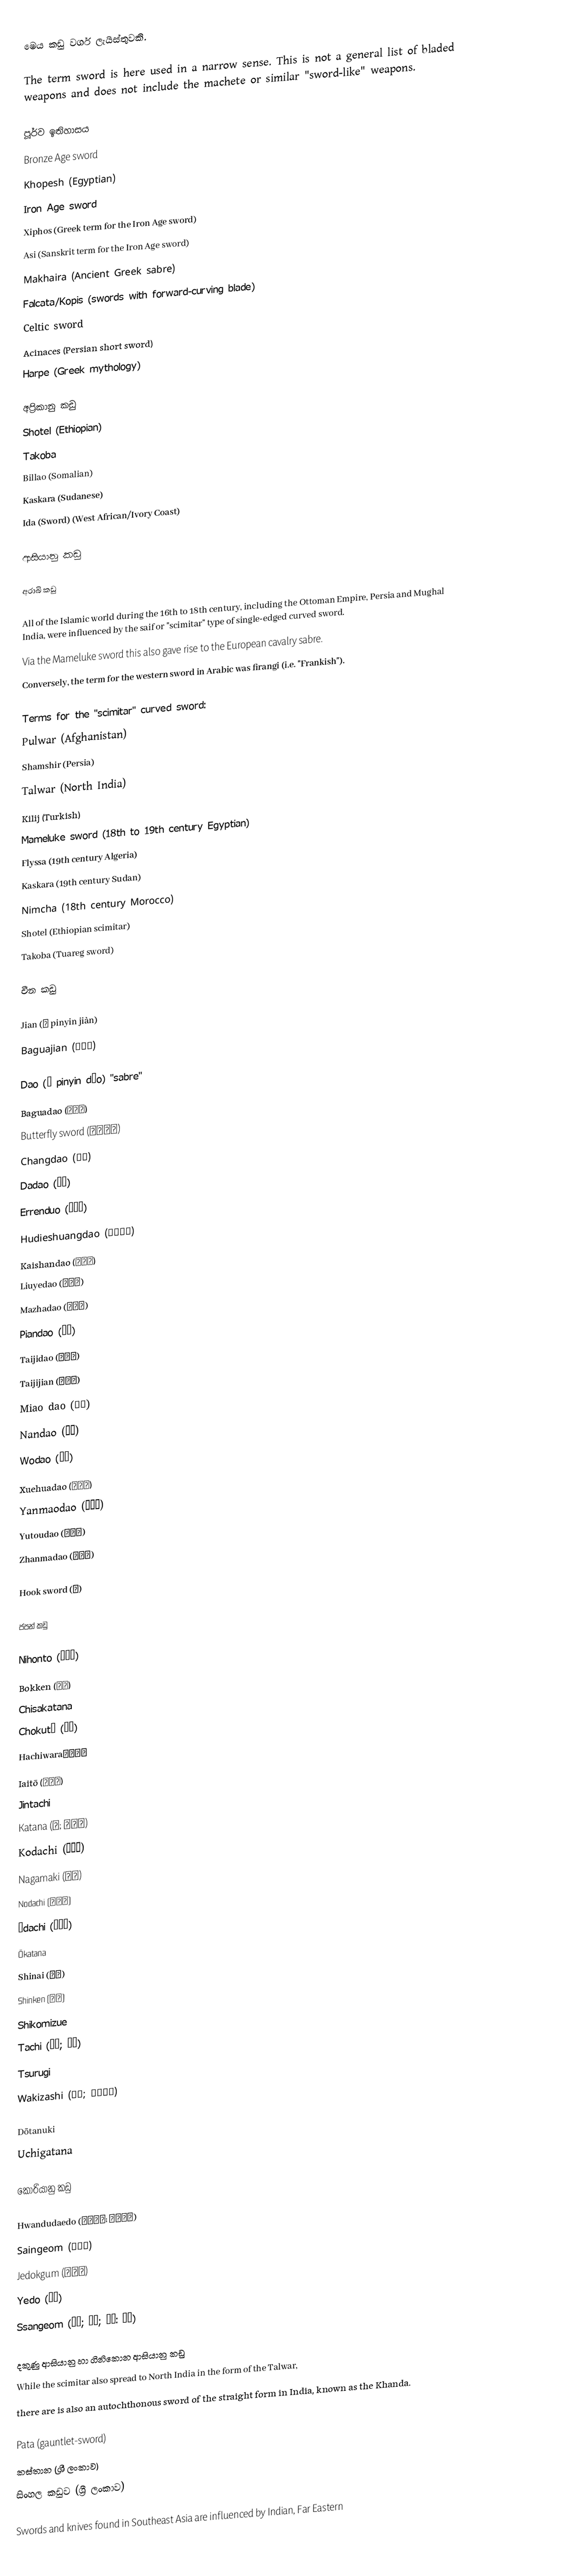
මෙය කඩු වර්ග ලැයිස්තුවකි.

The term sword is here used in a narrow sense. This is not a general list of bladed weapons and does not include the machete or similar "sword-like" weapons.

පූර්ව ඉතිහාසය
Bronze Age sword
Khopesh (Egyptian)
Iron Age sword
Xiphos (Greek term for the Iron Age sword)
Asi (Sanskrit term for the Iron Age sword)
Makhaira (Ancient Greek sabre)
Falcata/Kopis (swords with forward-curving blade)
Celtic sword
Acinaces (Persian short sword)
Harpe (Greek mythology)

අප්‍රිකානු කඩු
Shotel (Ethiopian)
Takoba
Billao (Somalian)
Kaskara (Sudanese)
Ida (Sword) (West African/Ivory Coast)

ආසියානු කඩු

අරාබි කඩු

All of the Islamic world during the 16th to 18th century, including the Ottoman Empire, Persia and Mughal India, were influenced by the saif or "scimitar" type of single-edged curved sword.
Via the Mameluke sword  this also gave rise to the European cavalry sabre.
Conversely, the term for the western sword in Arabic was firangi (i.e. "Frankish").

Terms for the "scimitar" curved sword:
Pulwar (Afghanistan)
Shamshir (Persia)
Talwar (North India)
Kilij (Turkish)
Mameluke sword (18th to 19th century Egyptian)
Flyssa (19th century Algeria)
Kaskara (19th century Sudan)
Nimcha (18th century Morocco)
Shotel (Ethiopian scimitar)
Takoba (Tuareg sword)

චීන කඩු

Jian (劍 pinyin jiàn)
Baguajian (八卦劍)

Dao (刀 pinyin dāo) "sabre"
Baguadao (八卦刀)
Butterfly sword (蝴蝶雙刀)
Changdao (長刀)
Dadao (大刀)
Errenduo (二人奪)
Hudieshuangdao (蝴蝶雙刀)
Kaishandao (開山刀)
Liuyedao (柳針刀)
Mazhadao (麻扎刀)
Piandao (片刀)
Taijidao (太極刀)
Taijijian (太極劍)
Miao dao (苗刀)
Nandao (南刀)
Wodao (倭刀)
Xuehuadao (雪花刀)
Yanmaodao (雁翎刀)
Yutoudao (魚頭刀)
Zhanmadao (斬馬刀)

Hook sword (鉤)

ජපන් කඩු

Nihonto (日本刀)
Bokken (木剣)
Chisakatana
Chokutō (直刀)
Hachiwara（鉢割）
Iaitō (居合刀)
Jintachi
Katana (刀; かたな)
Kodachi (小太刀)
Nagamaki (長巻)
Nodachi (野太刀)
Ōdachi (大太刀)
Ōkatana
Shinai (竹刀)
Shinken (真剣)
Shikomizue
Tachi (太刀; たち)
Tsurugi
Wakizashi (脇差; わきざし)

Dōtanuki
Uchigatana

කොරියානු කඩු

Hwandudaedo (환두대도; 环首大刀)
Saingeom (사인검)
Jedokgum (제독검)
Yedo (예도)
Ssangeom (쌍도; 双刀; 쌍검: 双剣)

දකුණු ආසියානු හා ගිනිකොන ආසියානු කඩු
While the scimitar also spread to North India in the form of the Talwar,
there are is also an autochthonous sword of the straight form in India, known as the Khanda.

Pata  (gauntlet-sword)
කස්තාන (ශ්‍රී ලංකාව)
සිංහල කඩුව (ශ්‍රී ලංකාව)

Swords and knives found in Southeast Asia are influenced by Indian, Far Eastern